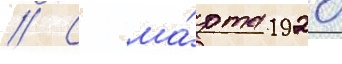
// С ма́рта 1920